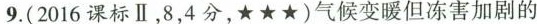
9.(2016课标Ⅱ，8，4分，★★★)气候变暖但冻害加剧的